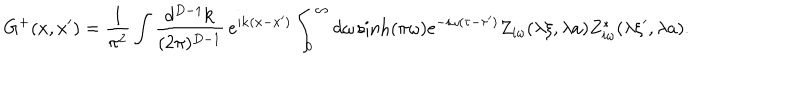
G ^ { + } ( x , x ^ { \prime } ) = \frac { 1 } { \pi ^ { 2 } } \int \frac { d ^ { D - 1 } { \mathbf k } } { ( 2 \pi ) ^ { D - 1 } } \, e ^ { i { \mathbf k } ( { \mathbf x } - { \mathbf x ^ { \prime } } ) } \int _ { 0 } ^ { \infty } d \omega \sinh ( \pi \omega ) e ^ { - i \omega ( \tau - \tau ^ { \prime } ) } Z _ { i \omega } ( \lambda \xi , \lambda a ) Z _ { i \omega } ^ { * } ( \lambda \xi ^ { \prime } , \lambda a ) .